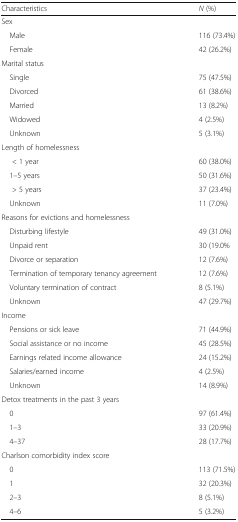
<table><thead><tr><td><b>Characteristics</b></td><td><b><i>N</i> (%)</b></td></tr></thead><tbody><tr><td colspan="2">Sex</td></tr><tr><td> Male</td><td>116 (73.4%)</td></tr><tr><td> Female</td><td>42 (26.2%)</td></tr><tr><td colspan="2">Marital status</td></tr><tr><td> Single</td><td>75 (47.5%)</td></tr><tr><td> Divorced</td><td>61 (38.6%)</td></tr><tr><td> Married</td><td>13 (8.2%)</td></tr><tr><td> Widowed</td><td>4 (2.5%)</td></tr><tr><td> Unknown</td><td>5 (3.1%)</td></tr><tr><td colspan="2">Length of homelessness</td></tr><tr><td>&lt; 1 year</td><td>60 (38.0%)</td></tr><tr><td> 1–5 years</td><td>50 (31.6%)</td></tr><tr><td>&gt; 5 years</td><td>37 (23.4%)</td></tr><tr><td> Unknown</td><td>11 (7.0%)</td></tr><tr><td colspan="2">Reasons for evictions and homelessness</td></tr><tr><td> Disturbing lifestyle</td><td>49 (31.0%)</td></tr><tr><td> Unpaid rent</td><td>30 (19.0%</td></tr><tr><td> Divorce or separation</td><td>12 (7.6%)</td></tr><tr><td> Termination of temporary tenancy agreement</td><td>12 (7.6%)</td></tr><tr><td> Voluntary termination of contract</td><td>8 (5.1%)</td></tr><tr><td> Unknown</td><td>47 (29.7%)</td></tr><tr><td colspan="2">Income</td></tr><tr><td> Pensions or sick leave</td><td>71 (44.9%)</td></tr><tr><td> Social assistance or no income</td><td>45 (28.5%)</td></tr><tr><td> Earnings related income allowance</td><td>24 (15.2%)</td></tr><tr><td> Salaries/earned income</td><td>4 (2.5%)</td></tr><tr><td> Unknown</td><td>14 (8.9%)</td></tr><tr><td colspan="2">Detox treatments in the past 3 years</td></tr><tr><td> 0</td><td>97 (61.4%)</td></tr><tr><td> 1–3</td><td>33 (20.9%)</td></tr><tr><td> 4–37</td><td>28 (17.7%)</td></tr><tr><td colspan="2">Charlson comorbidity index score</td></tr><tr><td> 0</td><td>113 (71.5%)</td></tr><tr><td> 1</td><td>32 (20.3%)</td></tr><tr><td> 2–3</td><td>8 (5.1%)</td></tr><tr><td> 4–6</td><td>5 (3.2%)</td></tr></tbody></table>